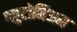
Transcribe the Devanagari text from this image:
प्लुटोनिअम